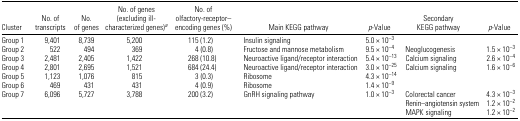
| Cluster | No. of transcripts | No. of genes | No. of genes(excluding ill-characterized genes)a | No. of olfactory-receptor–encoding genes (%) | Main KEGG pathway | p-Value | Secondary KEGG pathway | p-Value |
 | --- | --- | --- | --- | --- | --- | --- | --- | --- |
 | Group 1 | 9,401 | 8,739 | 5,200 | 115 (1.2) | Insulin signaling | 5.0 × 10−3 |  |  |
 | Group 2 | 522 | 494 | 369 | 4 (0.8) | Fructose and mannose metabolism | 9.5 × 10−4 | Neoglucogenesis | 1.5 × 10−3 |
 | Group 3 | 2,481 | 2,405 | 1,422 | 268 (10.8) | Neuroactive ligand/receptor interaction | 5.4 × 10−13 | Calcium signaling | 2.6 × 10−4 |
 | Group 4 | 2,801 | 2,695 | 1,521 | 684 (24.4) | Neuroactive ligand/receptor interaction | 3.0 × 10−25 | Calcium signaling | 1.6 × 10−6 |
 | Group 5 | 1,123 | 1,076 | 815 | 3 (0.3) | Ribosome | 4.3 × 10−14 |  |  |
 | Group 6 | 469 | 431 | 431 | 4 (0.9) | Ribosome | 1.4 × 10−9 |  |  |
 | Group 7 | 6,096 | 5,727 | 3,788 | 200 (3.2) | GnRH signaling pathway | 1.0 × 10−3 | Colorectal cancer | 4.3 × 10−3 |
 |  |  |  |  |  |  |  | Renin–angiotensin system | 1.2 × 10−2 |
 |  |  |  |  |  |  |  | MAPK signaling | 1.2 × 10−2 |